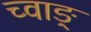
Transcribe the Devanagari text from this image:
च्वाङ्‌